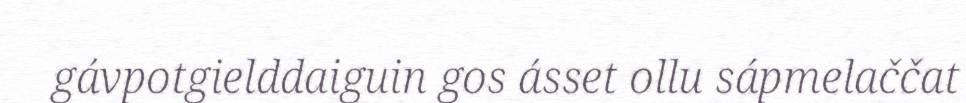
gávpotgielddaiguin gos ásset ollu sápmelaččat